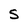
Character: S